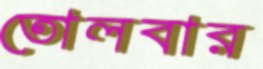
তোলবার